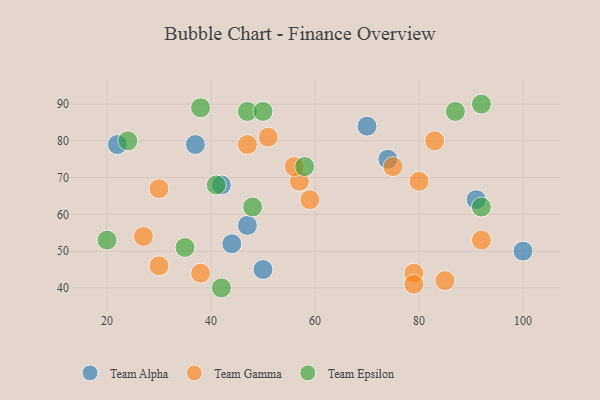
{"axis": {"x": "GDP", "y": "Life Expectancy"}, "legend": ["Team Alpha", "Team Epsilon", "Team Gamma"], "data": [{"x": "91", "y": 64, "type": "Team Alpha"}, {"x": "42", "y": 68, "type": "Team Alpha"}, {"x": "74", "y": 75, "type": "Team Alpha"}, {"x": "100", "y": 50, "type": "Team Alpha"}, {"x": "70", "y": 84, "type": "Team Alpha"}, {"x": "50", "y": 45, "type": "Team Alpha"}, {"x": "44", "y": 52, "type": "Team Alpha"}, {"x": "22", "y": 79, "type": "Team Alpha"}, {"x": "37", "y": 79, "type": "Team Alpha"}, {"x": "47", "y": 57, "type": "Team Alpha"}, {"x": "30", "y": 67, "type": "Team Gamma"}, {"x": "38", "y": 44, "type": "Team Gamma"}, {"x": "27", "y": 54, "type": "Team Gamma"}, {"x": "51", "y": 81, "type": "Team Gamma"}, {"x": "47", "y": 79, "type": "Team Gamma"}, {"x": "92", "y": 53, "type": "Team Gamma"}, {"x": "79", "y": 44, "type": "Team Gamma"}, {"x": "57", "y": 69, "type": "Team Gamma"}, {"x": "83", "y": 80, "type": "Team Gamma"}, {"x": "56", "y": 73, "type": "Team Gamma"}, {"x": "85", "y": 42, "type": "Team Gamma"}, {"x": "30", "y": 46, "type": "Team Gamma"}, {"x": "80", "y": 69, "type": "Team Gamma"}, {"x": "75", "y": 73, "type": "Team Gamma"}, {"x": "79", "y": 41, "type": "Team Gamma"}, {"x": "59", "y": 64, "type": "Team Gamma"}, {"x": "92", "y": 62, "type": "Team Epsilon"}, {"x": "41", "y": 68, "type": "Team Epsilon"}, {"x": "35", "y": 51, "type": "Team Epsilon"}, {"x": "47", "y": 88, "type": "Team Epsilon"}, {"x": "87", "y": 88, "type": "Team Epsilon"}, {"x": "24", "y": 80, "type": "Team Epsilon"}, {"x": "58", "y": 73, "type": "Team Epsilon"}, {"x": "92", "y": 90, "type": "Team Epsilon"}, {"x": "48", "y": 62, "type": "Team Epsilon"}, {"x": "50", "y": 88, "type": "Team Epsilon"}, {"x": "38", "y": 89, "type": "Team Epsilon"}, {"x": "42", "y": 40, "type": "Team Epsilon"}, {"x": "20", "y": 53, "type": "Team Epsilon"}]}